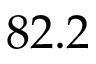
8 2 . 2